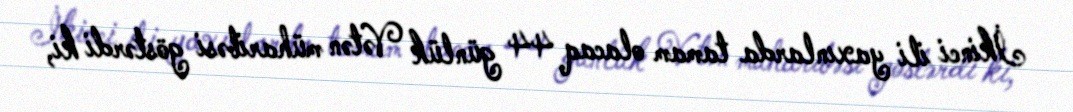
İkinci ili yaxınlarda tamam olacaq 44 günlük Vətən müharibəsi göstərdi ki,